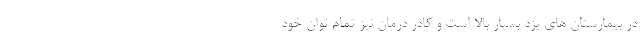
در بیمارستان های یزد بسیار بالا است و کادر درمان نیز تمام توان خود